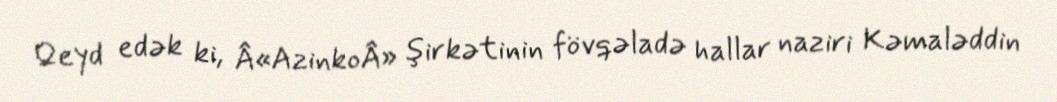
Qeyd edək ki, Â«AzinkoÂ» şirkətinin fövqəladə hallar naziri Kəmaləddin